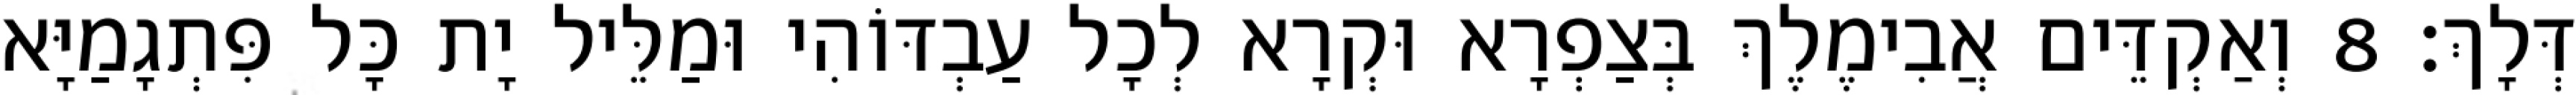
דְּלָךְ׃ 8 וְאַקְדֵּים אֲבִימֶלֶךְ בְּצַפְרָא וּקְרָא לְכָל עַבְדּוֹהִי וּמַלֵּיל יָת כָּל פִּתְגָמַיָּא